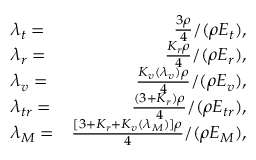
\begin{array} { r l r } & { \lambda _ { t } = } & { \frac { 3 \rho } { 4 } / ( \rho E _ { t } ) , } \\ & { \lambda _ { r } = } & { \frac { K _ { r } \rho } { 4 } / ( \rho E _ { r } ) , } \\ & { \lambda _ { v } = } & { \frac { K _ { v } ( \lambda _ { v } ) \rho } { 4 } / ( \rho E _ { v } ) , } \\ & { \lambda _ { t r } = } & { \frac { ( 3 + K _ { r } ) \rho } { 4 } / ( \rho E _ { t r } ) , } \\ & { \lambda _ { M } = } & { \frac { [ 3 + K _ { r } + K _ { v } ( \lambda _ { M } ) ] \rho } { 4 } / ( \rho E _ { M } ) , } \end{array}